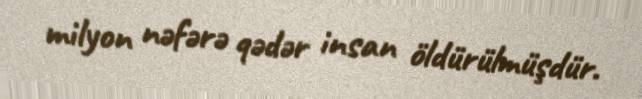
milyon nəfərə qədər insan öldürülmüşdür.